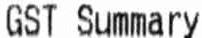
GST SUMMARY